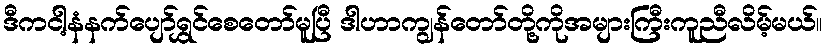
ဒီကငါ့နံနက်ပျော်ရွှင်စေတော်မူပြီ ဒါဟာကျွန်တော်တို့ကိုအများကြီးကူညီလိမ့်မယ်။